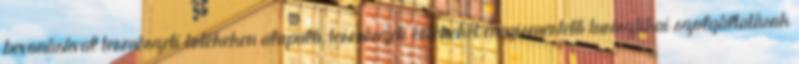
bevonásával természeti értékeken alapuló, természeti értékeket megismertető turisztikai szolgáltatások